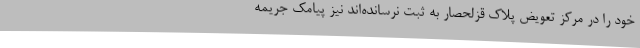
خود را در مرکز تعویض پلاک قزلحصار به ثبت نرسانده‌اند نیز پیامک جریمه